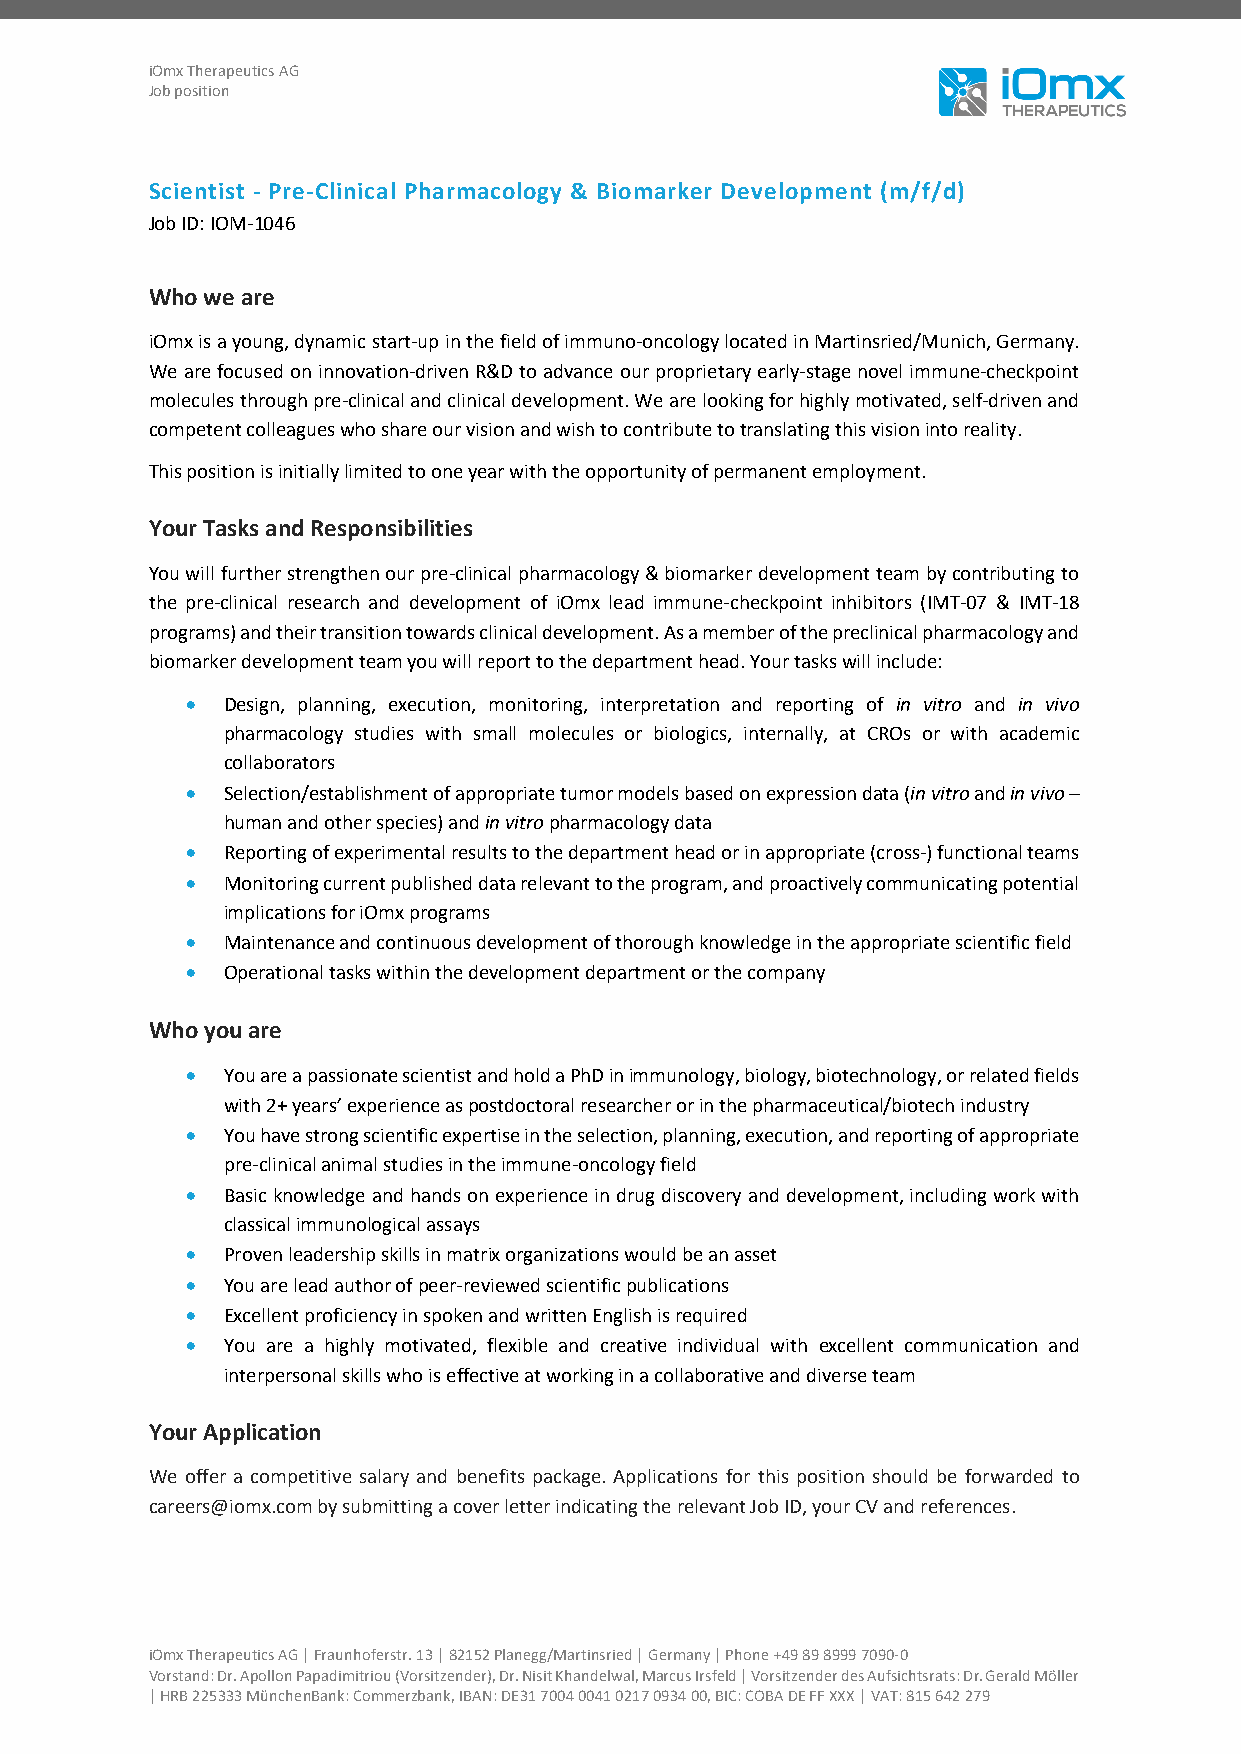
iOmx Therapeutics AG
 Job position
 Scientist - Pre-Clinical Pharmacology & Biomarker Development (m/f/d)
 Job ID: IOM-1046
 Who we are
 iOmx is a young, dynamic start-up in the field of immuno-oncology located in Martinsried/Munich, Germany.
 We are focused on innovation-driven R&D to advance our proprietary early-stage novel immune-checkpoint
 molecules through pre-clinical and clinical development. We are looking for highly motivated, self-driven and
 competent colleagues who share our vision and wish to contribute to translating this vision into reality.
 This position is initially limited to one year with the opportunity of permanent employment.
 Your Tasks and Responsibilities
 You will further strengthen our pre-clinical pharmacology & biomarker development team by contributing to
 the pre-clinical research and development of iOmx lead immune-checkpoint inhibitors (IMT-07 & IMT-18
 programs) and their transition towards clinical development. As a member of the preclinical pharmacology and
 biomarker development team you will report to the department head. Your tasks will include:
 •  Design, planning, execution, monitoring, interpretation and reporting of in vitro and in vivo
 pharmacology studies with small molecules or biologics, internally, at CROs or with academic
 collaborators
 •  Selection/establishment of appropriate tumor models based on expression data (in vitro and in vivo –
 human and other species) and in vitro pharmacology data
 •  Reporting of experimental results to the department head or in appropriate (cross-) functional teams
 •  Monitoring current published data relevant to the program, and proactively communicating potential
 implications for iOmx programs
 •  Maintenance and continuous development of thorough knowledge in the appropriate scientific field
 •  Operational tasks within the development department or the company
 Who you are
 •  You are a passionate scientist and hold a PhD in immunology, biology, biotechnology, or related fields
 with 2+ years’ experience as postdoctoral researcher or in the pharmaceutical/biotech industry
 •  You have strong scientific expertise in the selection, planning, execution, and reporting of appropriate
 pre-clinical animal studies in the immune-oncology field
 •  Basic knowledge and hands on experience in drug discovery and development, including work with
 classical immunological assays
 •  Proven leadership skills in matrix organizations would be an asset
 •  You are lead author of peer-reviewed scientific publications
 •  Excellent proficiency in spoken and written English is required
 •  You are a highly motivated, flexible and creative individual with excellent communication and
 interpersonal skills who is effective at working in a collaborative and diverse team
 Your Application
 We offer a competitive salary and benefits package. Applications for this position should be forwarded to
 careers@iomx.com by submitting a cover letter indicating the relevant Job ID, your CV and references.
 iOmx Therapeutics AG | Fraunhoferstr. 13 | 82152 Planegg/Martinsried | Germany | Phone +49 89 8999 7090-0
 Vorstand: Dr. Apollon Papadimitriou (Vorsitzender), Dr. Nisit Khandelwal, Marcus Irsfeld | Vorsitzender des Aufsichtsrats: Dr. Gerald Möller
 | HRB 225333 MünchenBank: Commerzbank, IBAN: DE31 7004 0041 0217 0934 00, BIC: COBA DE FF XXX | VAT: 815 642 279